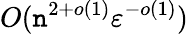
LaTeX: O(\mathtt{n}^{2+o(1)}\varepsilon^{-o(1)})